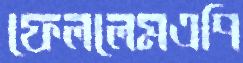
ফেললেমএপি